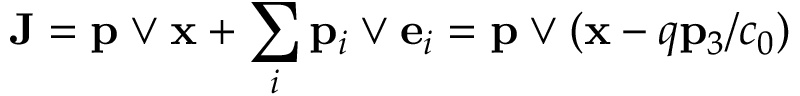
{ \bf J } = { \bf p } \vee { \bf x } + \sum _ { i } { \bf p } _ { i } \vee { \bf e } _ { i } = { \bf p } \vee ( { \bf x } - q { \bf p } _ { 3 } / c _ { 0 } )